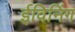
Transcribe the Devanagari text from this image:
ईविनिंग